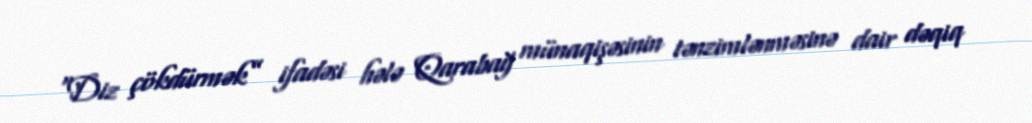
“Diz çökdürmək” ifadəsi hələ Qarabağ münaqişəsinin tənzimlənməsinə dair dəqiq